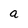
Character: a